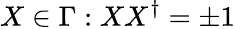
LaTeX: X\in\Gamma:XX^{\dagger}=\pm 1